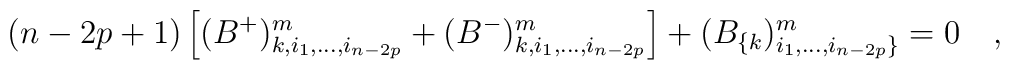
(n-2p+1)\left[(B^+)^m_{k,i_1,...,i_{n-2 p}} +(B^-)^m_{k,i_1,...,i_{n-2 p}}\right] + (B_{\{k})^m_{i_1,...,i_{n-2 p}\} }  =  0~~~,